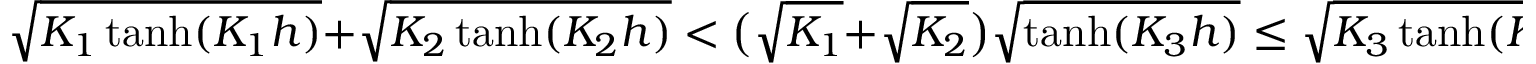
\sqrt { K _ { 1 } \operatorname { t a n h } ( K _ { 1 } h ) } + \sqrt { K _ { 2 } \operatorname { t a n h } ( K _ { 2 } h ) } < \big ( \sqrt { K _ { 1 } } + \sqrt { K _ { 2 } } \big ) \sqrt { \operatorname { t a n h } ( K _ { 3 } h ) } \leq \sqrt { K _ { 3 } \operatorname { t a n h } ( K _ { 3 } h ) } .